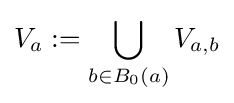
V_{a}:=\bigcup _{b\in B_{0}(a)}V_{a,b}